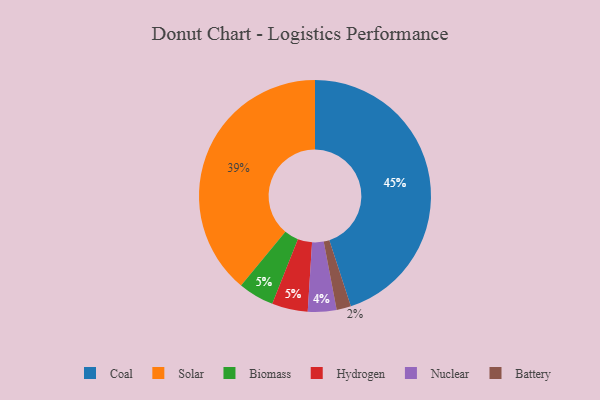
{"axis": {"x": "Category", "y": "Percentage"}, "legend": ["Battery", "Biomass", "Coal", "Hydrogen", "Nuclear", "Solar"], "data": [{"x": "Coal", "y": 45, "type": "Coal"}, {"x": "Biomass", "y": 5, "type": "Biomass"}, {"x": "Hydrogen", "y": 5, "type": "Hydrogen"}, {"x": "Battery", "y": 2, "type": "Battery"}, {"x": "Nuclear", "y": 4, "type": "Nuclear"}, {"x": "Solar", "y": 39, "type": "Solar"}]}